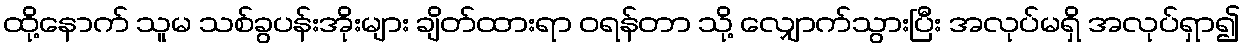
ထို့နောက် သူမ သစ်ခွပန်းအိုးများ ချိတ်ထားရာ ဝရန်တာ သို့ လျှောက်သွားပြီး အလုပ်မရှိ အလုပ်ရှာ၍